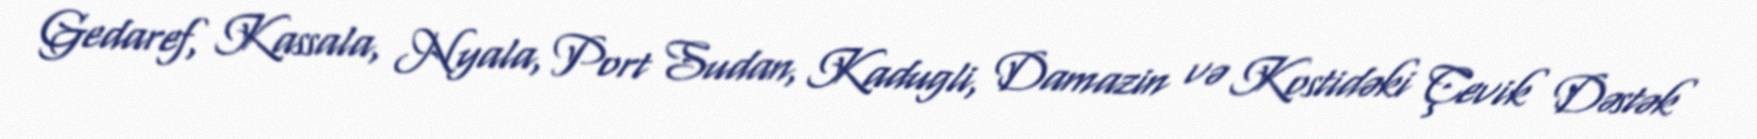
Gedaref, Kassala, Nyala, Port Sudan, Kadugli, Damazin və Kostidəki Çevik Dəstək